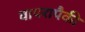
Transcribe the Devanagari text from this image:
वापरापैकी